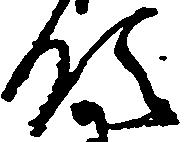
領